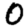
Digit: 0